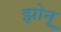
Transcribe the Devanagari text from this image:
झोनू